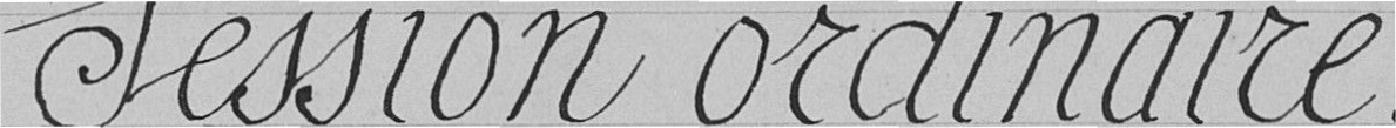
Session ordinaire.